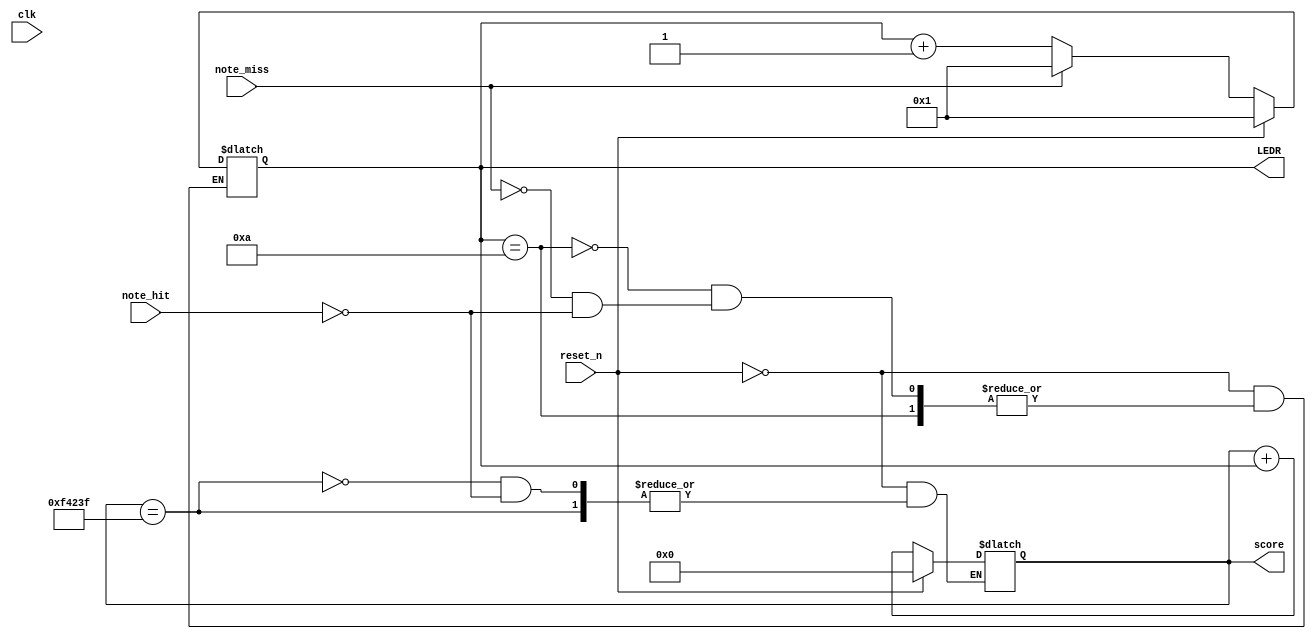
module scoring(
					input clk,
					input reset_n,
					input note_hit,
					input note_miss,
					
					output [3:0]LEDR,
					output reg [19:0]score
					);
					
	reg [3:0]multiplier = 4'd1;
	
	always @(clk)
	begin
		if (~reset_n)
		begin
			if (multiplier == 4'd10)
				multiplier <= multiplier;
				
			else if (note_miss)
				multiplier <= 4'd1;
				
			else if (note_hit)
				multiplier <= multiplier+4'd1;
		end
		
		else multiplier <= 4'd1;
		
	end
	
	always @(clk)
	begin
		if (~reset_n)
		begin
			if (score == 20'd999999)
				score <= score;
				
			else if (note_hit)
				score <= score + {16'd0, multiplier};
		end
		
		else score <= 20'd0;
		
	end
	
	assign LEDR = multiplier;
endmodule